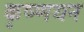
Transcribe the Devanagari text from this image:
कृष्णयन